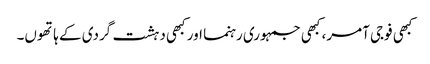
کبھی فوجی آمر، کبھی جمہوری رہنما اور کبھی دہشت گردی کے ہاتھوں۔